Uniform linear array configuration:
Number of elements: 8
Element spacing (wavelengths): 0.25
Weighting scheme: exponential
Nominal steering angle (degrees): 15
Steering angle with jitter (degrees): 15.016
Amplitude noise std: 0.05
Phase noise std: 0.05

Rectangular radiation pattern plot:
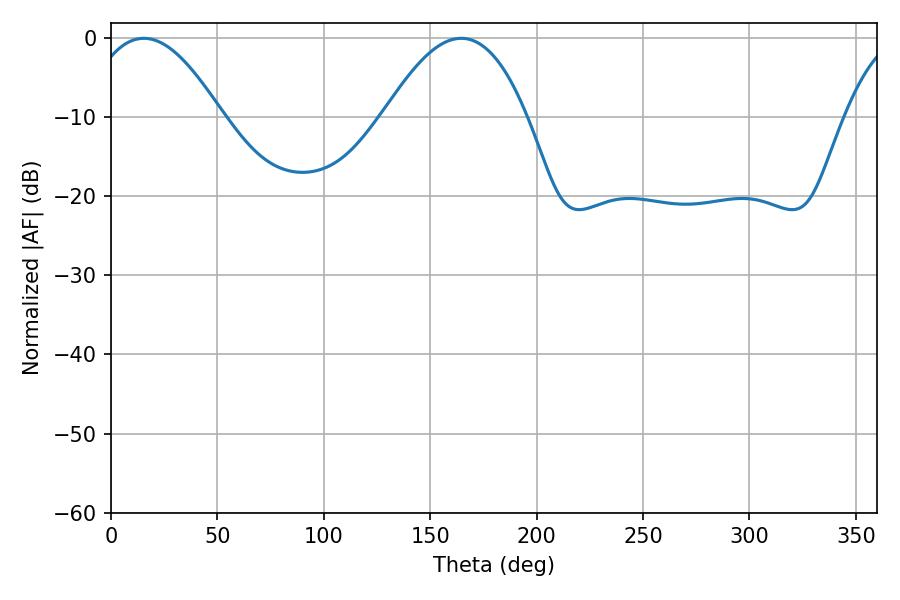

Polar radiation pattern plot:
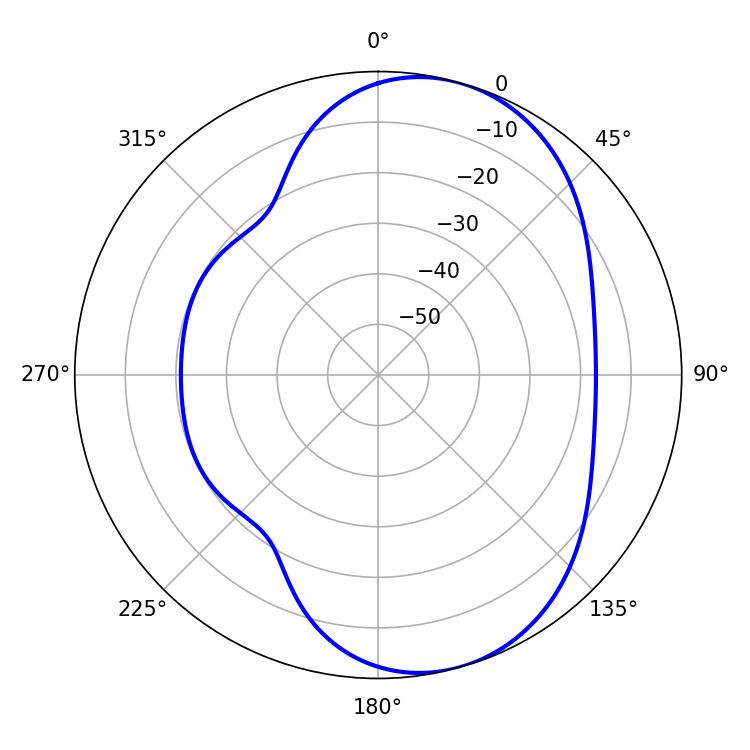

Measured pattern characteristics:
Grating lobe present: FALSE
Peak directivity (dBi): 6.868
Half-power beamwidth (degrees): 34.74
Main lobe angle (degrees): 15.48